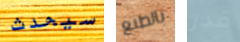
سيحدث بالطبع قدر